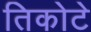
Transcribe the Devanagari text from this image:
तिकोटे